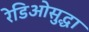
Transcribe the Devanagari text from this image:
रेडिओसुद्धा